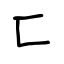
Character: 匚